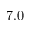
7 . 0